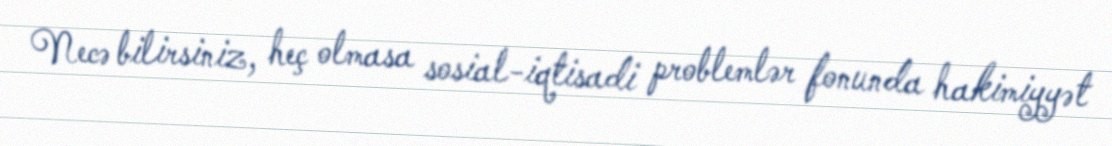
Necə bilirsiniz, heç olmasa sosial-iqtisadi problemlər fonunda hakimiyyət